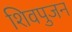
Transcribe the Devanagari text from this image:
शिवपुजन